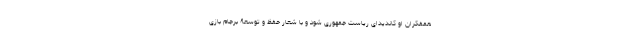
همفکران او کاندیدای ریاست جمهوری شود و با شعار حفظ و توسعۀ برجام بازی